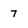
Character: 7